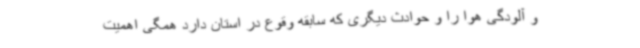
و آلودگی هوا را و حوادث دیگری که سابقه وقوع در استان دارد همگی اهمیت